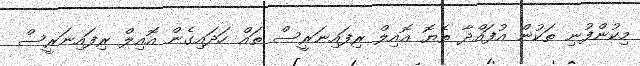
މިކުންފުނި ތަކުން އުފައްދާ ތެޔޮ އޮއިލް ރިފައިނަރީސް ތައް ހަދައިގެން އޮއިލް ރިފައިނަރީސް